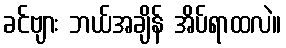
ခင်ဗျား ဘယ်အချိန် အိပ်ရာထလဲ။